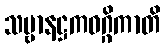
သဗ္ဗာနဋ္ဌကဝဂ္ဂိကာတိ